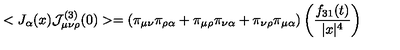
< J _ { \alpha } ( x ) { \cal J } _ { \mu \nu \rho } ^ { ( 3 ) } ( 0 ) > = ( \pi _ { \mu \nu } \pi _ { \rho \alpha } + \pi _ { \mu \rho } \pi _ { \nu \alpha } + \pi _ { \nu \rho } \pi _ { \mu \alpha } ) \left( \frac { f _ { 3 1 } ( t ) } { | x | ^ { 4 } } \right)